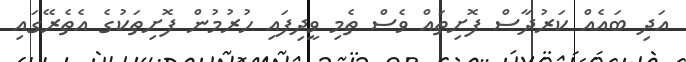
އަދި ބައެއް ކަރުދާސް ފޮށިތައް ވެސް ތެމި ވީދިފައި ހުރުމުން ފޮށިތަކުގެ އެތެރޭގައި